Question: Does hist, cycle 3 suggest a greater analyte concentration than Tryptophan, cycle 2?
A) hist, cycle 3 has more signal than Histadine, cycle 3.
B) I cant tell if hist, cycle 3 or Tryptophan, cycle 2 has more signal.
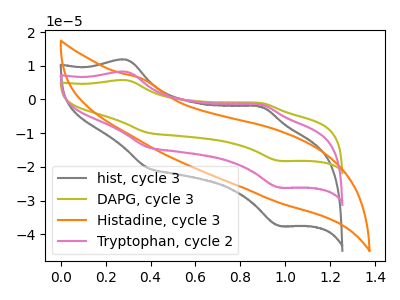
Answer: <think>The gray curve "hist, cycle 3" has anodic peaks at (0.30V, 11.80uA) (0.90V, -2.10uA) and cathodic peaks at (0.40V, -20.25uA) (1.00V, -37.55uA). The olive curve "DAPG, cycle 3" has anodic peaks at (0.30V, 16.45uA) (0.90V, -2.95uA) and cathodic peaks at (0.40V, -28.20uA) (1.00V, -52.30uA). The orange curve "Histadine, cycle 3" has no peaks. The pink curve "Tryptophan, cycle 2" has anodic peaks at (0.30V, 8.20uA) (0.90V, -1.50uA) and cathodic peaks at (0.40V, -14.10uA) (1.00V, -26.15uA).
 All the peaks in "hist, cycle 3" have a peak in "Tryptophan, cycle 2" at the same potential.</think>
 <answer>B) I cant tell if "hist, cycle 3" or "Tryptophan, cycle 2" has more signal.</answer>
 <eval>B</eval>